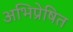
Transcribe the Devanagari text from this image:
अभिप्रेषित